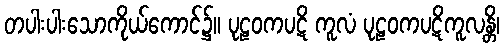
တပါးပါးသောကိုယ်ကောင်၌။ ပုဠဝကပဋိ ကူလံ ပုဠဝကပဋိကူလန္တိ၊